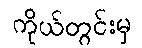
ကိုယ်တွင်းမှ